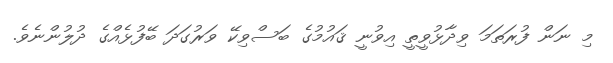
މި ނަން ފުރަތަމަ ވިދާޅުވީތީ އިވުނީ ޤައުމުގެ ބަސްވިކޭ ވަރުގަދަ ބޭފުޅެއްގެ ދުލުންނެވެ.